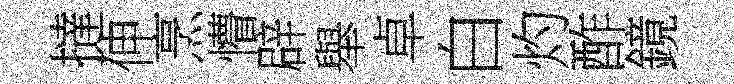
撻伸烹懵辟舉卓白灼酢鏡